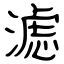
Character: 滤